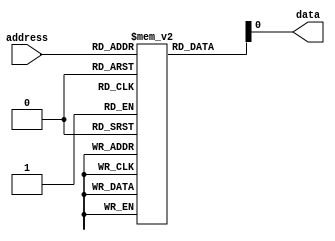
module fuse_rom (
    input wire [7:0] address,
    output reg data
);

reg [7:0] memory [0:255]; // 256x8 memory array

initial begin
    // Initialize the memory data by programming the fuses during design phase
    // Note: This is a simple example, in practice the memory data would be pre-loaded in a more efficient manner
    memory[0] = 8'b00000000;
    memory[1] = 8'b00000001;
    memory[2] = 8'b00000010;
    // Continue initializing the memory data...

end

always @(*) begin
    // Read out the data from the memory based on the input address
    data = memory[address];
end

endmodule